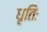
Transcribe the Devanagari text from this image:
धृतिः